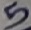
Text: 5